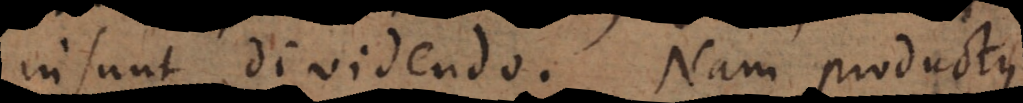
insunt dividendo. Nam productus